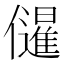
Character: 𭀌